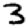
Digit: 3